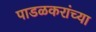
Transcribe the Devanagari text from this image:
पाडळकरांच्या